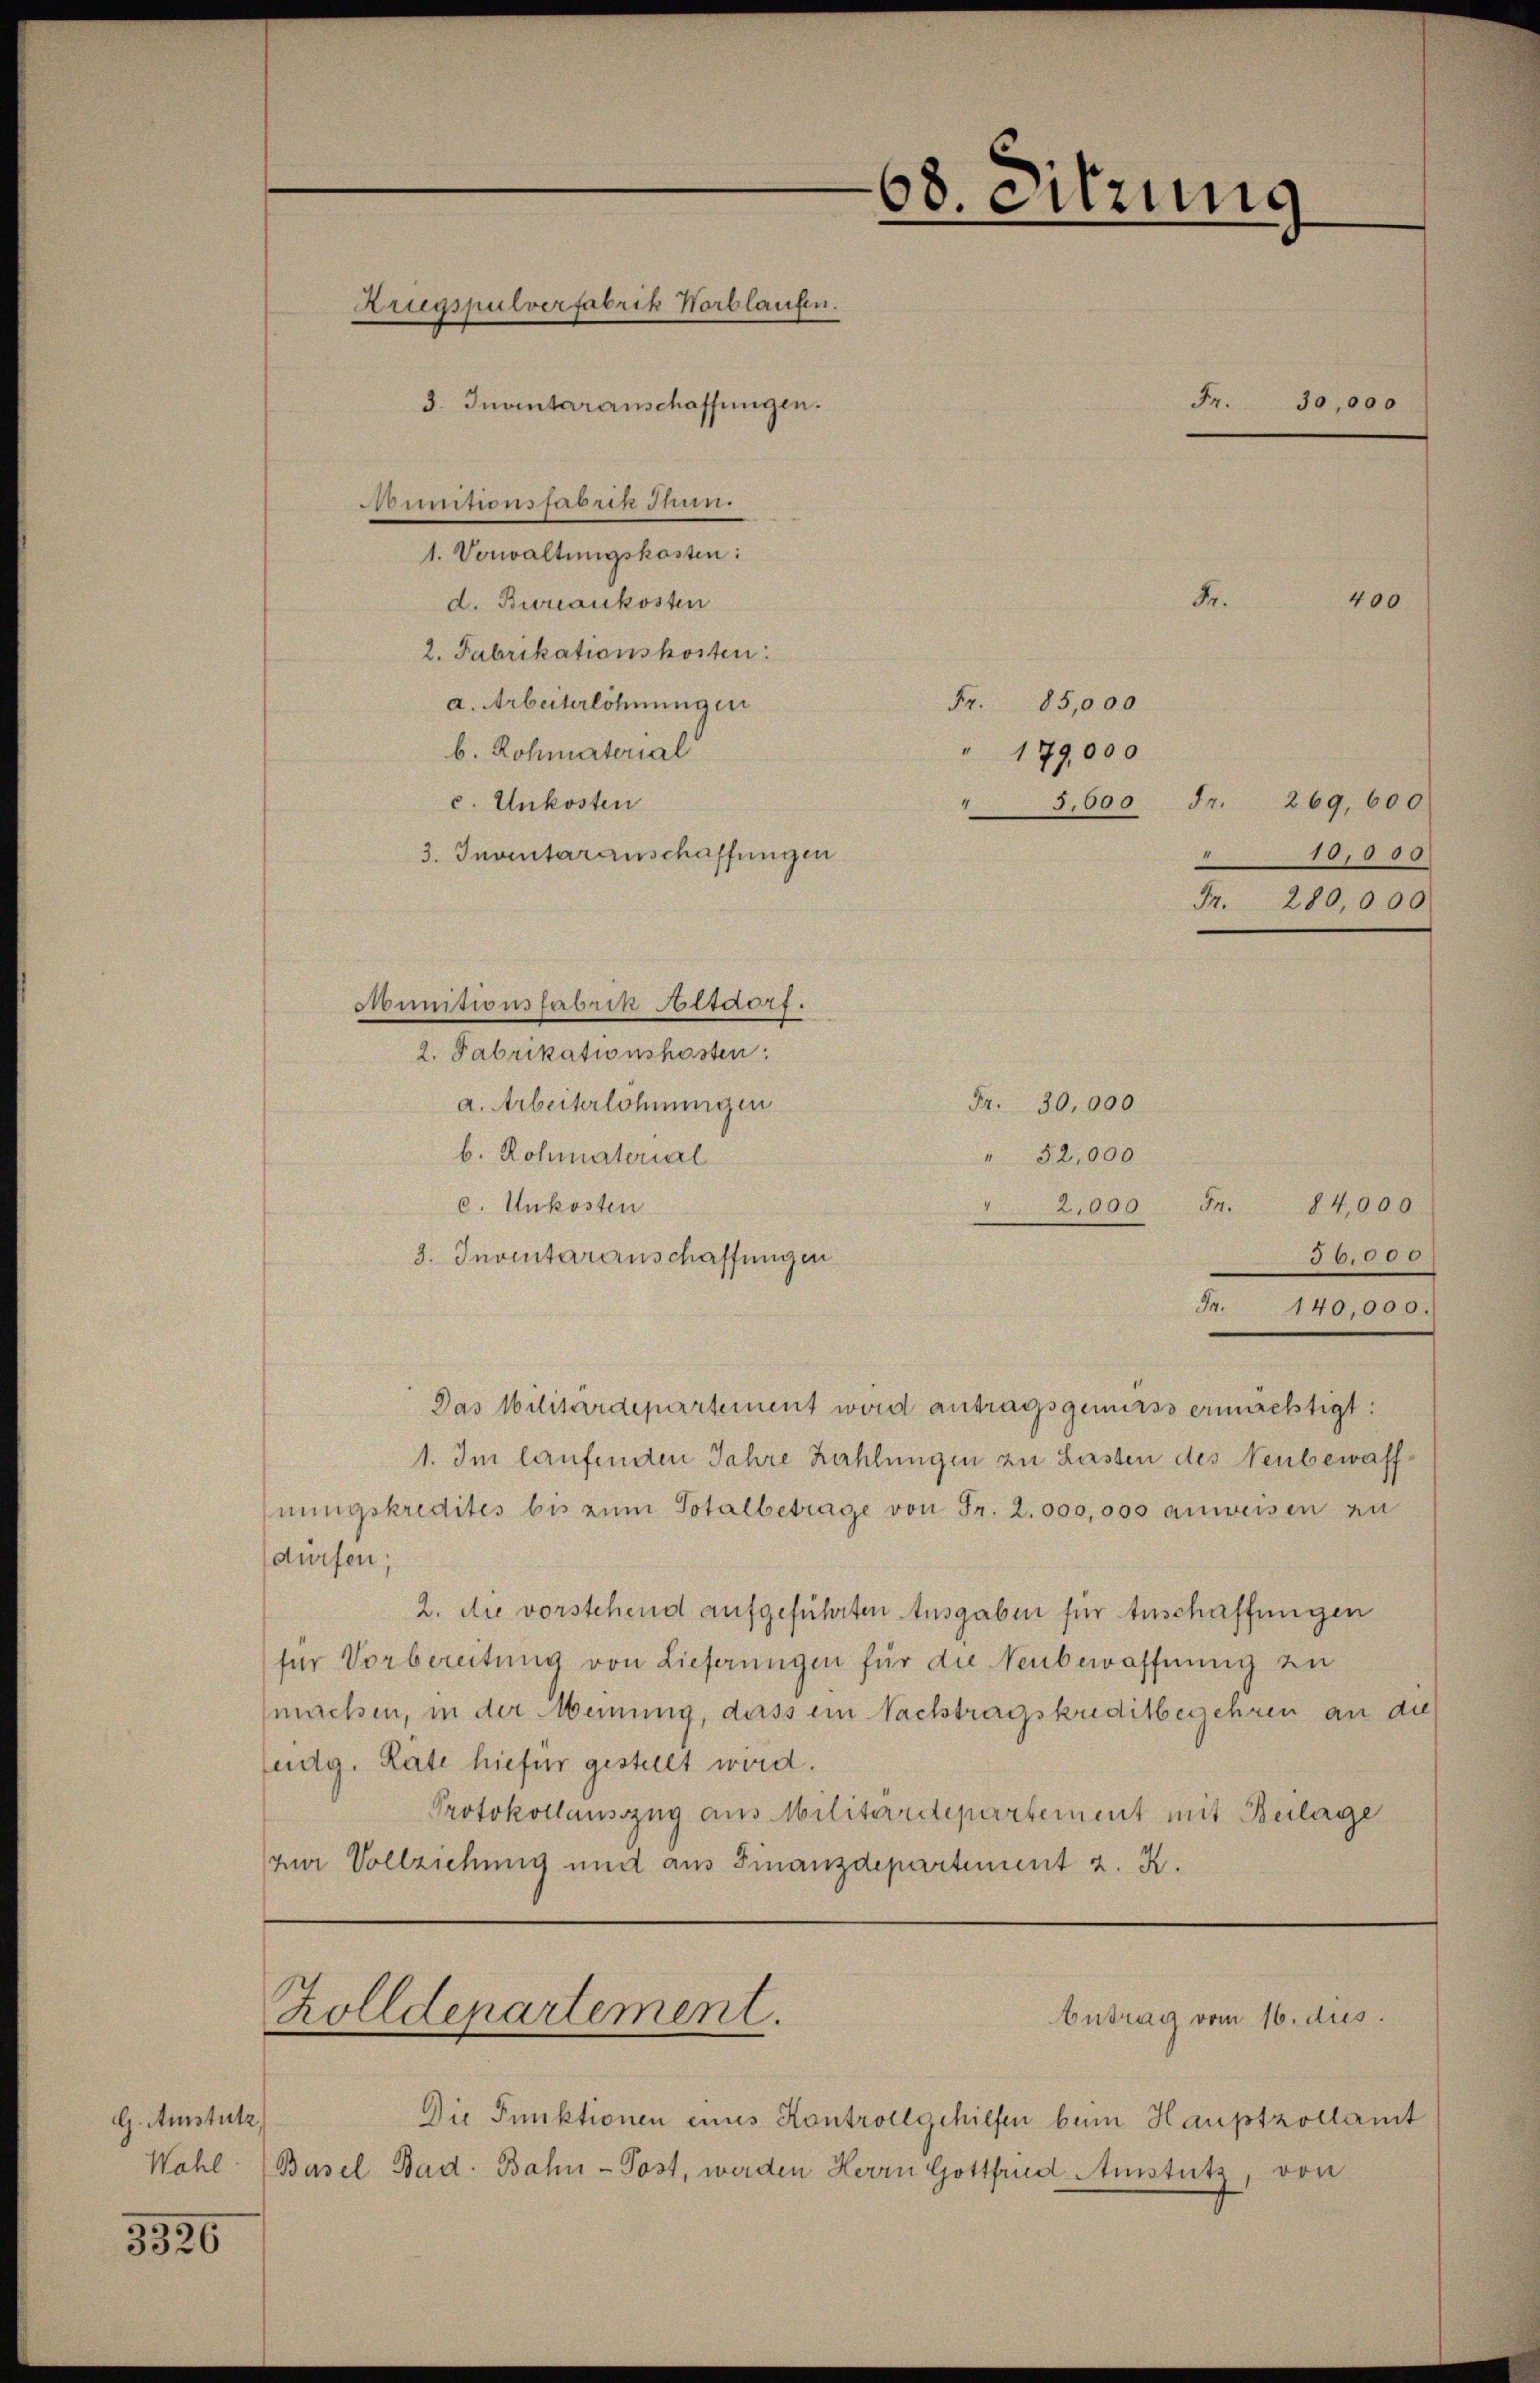
G. Amstutz,
Wahl (9.

3326

1. Verwaltungskosten:
d. Baukosten
2. Fabrikationskosten:
a. Arbeiterlöhnungen
b. Rohmaterial
c. Unkosten
3. Inventaranschaffungen

Das Militärdepartement wird antragsgemäss ermächtigt:
1. Im laufenden Jahre Zahlungen zu Lasten des Neubewaffnŭngskredites bis zum Totalbetrage von Fr. 2. 000,000 anweisen zu
dürfen,
2. die vorstehend aufgeführten Ausgaben für Anschaffungen
für Vorbereitung von Lieferungen für die Neubewaffnung zu
machen, in der Meinung, dass ein Nachtragskuditbegehren an die
edg. Rate hiefür gestellt wird.
Protokollausszug aus Militärdepartement mit Beilage
zur Vollziehung und aus Finanzdepartement 2. K.

Zrugspulverfabrik Horblaufen.
3. Inventaranschaffungen.
Founitionsfabrik Jun.

Munitionsfabrik Altdorf.
2. Fabrikationshosten

a. Arbeiterlohnungen
b. Rohmaterial
c. Unkosten
3. Inventaranschaffungen

Zolldepartement.

Die Punktionen eines Kontrollgehilfen bei Hauptzollamt
Gasel Bad. Bahn-Post, werden Herrn Gottfrid Amstutz, von

68. Sitzung

Fr. 30,000
Fr.
400
Fr.
85,000
179,000
3,600
Fr. 269,600
.
10,000
Fr. 280,000
Fr. 30,000
" 52,000
" 2,000 Fr. 84,000
36,000
Fr. 140,000.

Antrag vom 16. dus.